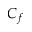
C _ { f }